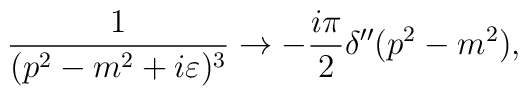
{1 \over (p^2-m^2+i\varepsilon)^3} \rightarrow -{i\pi\over 2} \delta''(p^2 - m^2),